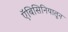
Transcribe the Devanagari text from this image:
ऍबिसिनियातून